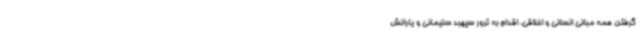
گرفتن همه مبانی انسانی و اخلاقی، اقدام به ترور سپهبد سلیمانی و یارانش